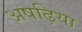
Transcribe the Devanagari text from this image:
अषढ़िया